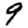
Digit: 9